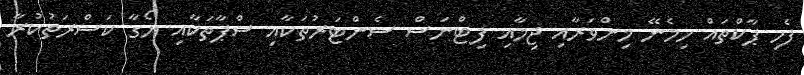
ފެހި ޕާކްތައް ހިމެނޭ މިންވަރާއި ޖިމާއި ފިޓްނަސް ސެންޓަރުތަކާއި ސްޕާތަކާއި ޔޯގާ ކަސްރަތުކުރާ